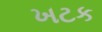
ખટક